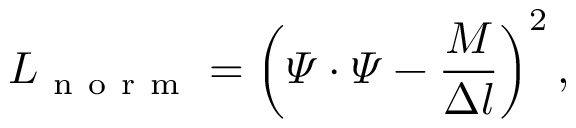
L _ { \mathrm { ~ n ~ o ~ r ~ m ~ } } = \left( \varPsi \cdot \varPsi - \frac { M } { \Delta l } \right) ^ { 2 } ,